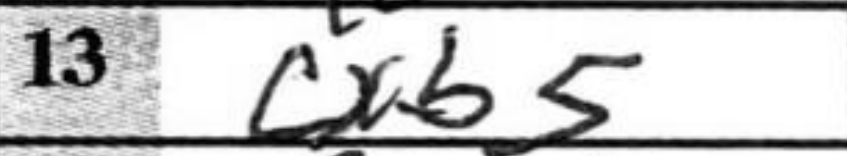
Transcription: cxb5